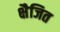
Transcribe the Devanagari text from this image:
क्षैजित